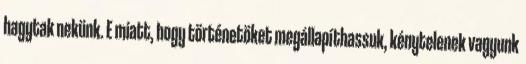
hagytak nekünk. E miatt, hogy történetöket megállapíthassuk, kénytelenek vagyunk